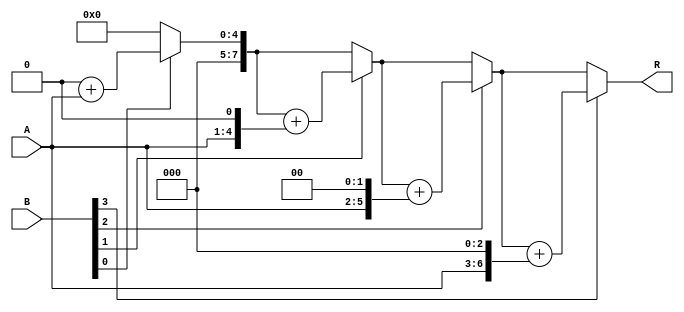
module MULT4B_repeat(R,A,B);
	parameter S=4;
	output[2*S:1] R;
	input[S:1] A,B;
	reg[2*S:1] TA,R;
	reg[S:1] TB;
always@(A,B)
begin
	R=0;
	TA=A;
	TB=B;
	
	repeat(S)
	begin
		if(TB[1]) begin
			R=R+TA;
		end
		
		TA=TA<<1;
		TB=TB>>1;
	end
end
endmodule